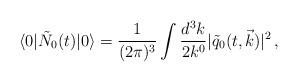
LaTeX: \begin{align*}\langle 0 | \tilde{N}_0 (t) | 0 \rangle = \frac{1}{(2 \pi)^3} \int \frac{d^3k}{2 k^0}|\tilde{q}_0(t, \vec{k}) |^2 \, ,\end{align*}